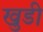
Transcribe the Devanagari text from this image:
खुडी